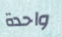
واحدة